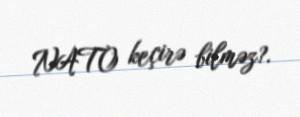
NATO keçirə bilməz?.